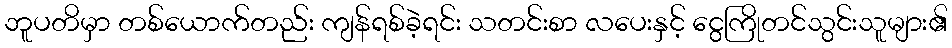
ဘူပတိမှာ တစ်ယောက်တည်း ကျန်ရစ်ခဲ့ရင်း သတင်းစာ လပေးနှင့် ငွေကြိုတင်သွင်းသူများ၏